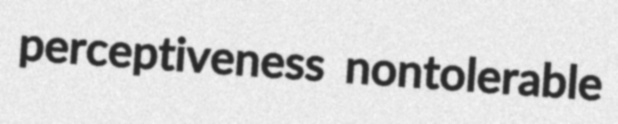
perceptiveness nontolerable